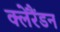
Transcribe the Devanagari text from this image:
क्लेरैंडन